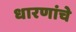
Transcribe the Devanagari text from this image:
धारणांचे